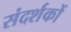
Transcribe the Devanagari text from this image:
संदर्शकों